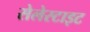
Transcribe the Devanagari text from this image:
सेलेस्टाइट